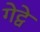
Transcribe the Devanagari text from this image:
गेट्वे